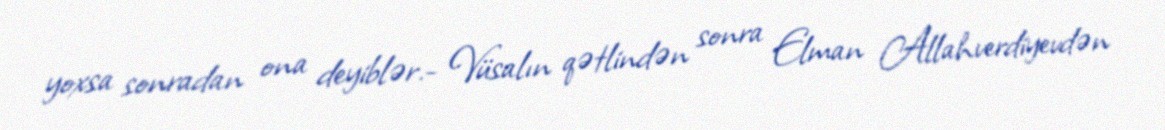
yoxsa sonradan ona deyiblər.- Vüsalın qətlindən sonra Elman Allahverdiyevdən